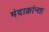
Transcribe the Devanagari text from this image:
मंदाक्रांन्ता